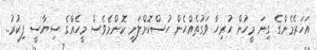
އަހަރެމެންގެ ގިނަ މީހުން ހުރިހާ ވަގުތެއްހެން ހުސްކޮށްލަނީ ކޮންމެވެސް މީހެއްގެ ސިޔާސީ ފިކުރު..